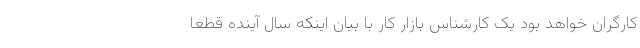
کارگران خواهد بود یک کارشناس بازار کار با بیان اینکه سال آینده قطعا